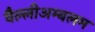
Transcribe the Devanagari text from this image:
वैल्लीअम्बलम